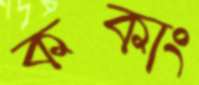
ককাং